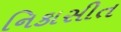
નિકાસીત